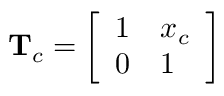
\mathbf { T } _ { c } = \left[ \begin{array} { l l } { 1 } & { x _ { c } } \\ { 0 } & { 1 } \end{array} \right]